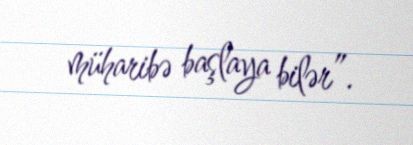
müharibə başlaya bilər”.